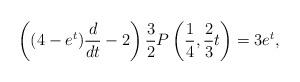
LaTeX: \begin{align*}\left((4-e^t) \frac{d}{dt} - 2 \right) \frac{3}{2}P \left(\frac{1}{4}, \frac{2}{3}t \right) = 3e^t,\end{align*}